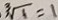
\sqrt [ 3 ] { 1 } = 1